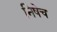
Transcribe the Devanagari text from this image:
निषेच